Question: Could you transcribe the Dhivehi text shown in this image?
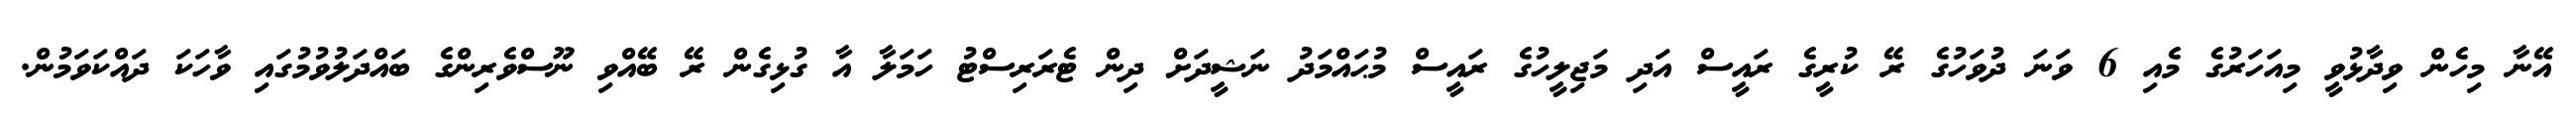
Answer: އޭނާ މިހެން ވިދާޅުވީ މިއަހަރުގެ މެއި 6 ވަނަ ދުވަހުގެ ރޭ ކުރީގެ ރައީސް އަދި މަޖިލީހުގެ ރައީސް މުޙައްމަދު ނަޝީދަށް ދިން ޓެރަރިސްޓު ހަމަލާ އާ ގުޅިގެން ރޭ ބޭއްވި ނޫސްވެރިންގެ ބައްދަލުވުމުގައި ވާހަކަ ދައްކަވަމުން.